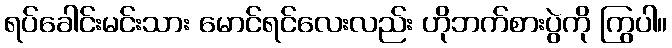
ရပ်ခေါင်းမင်းသား မောင်ရင်လေးလည်း ဟိုဘက်စားပွဲကို ကြွပါ။